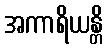
အကာရိယန္တိ